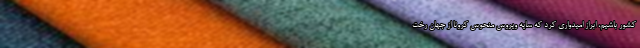
کشور باشیم، ابراز امیدواری کرد که سایه ویروس منحوس کرونا از جهان رخت